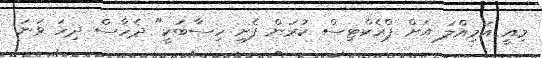
މިއީ އަމިއްލަ އަށް ޕްރެކްޓިސް ކުރަން ފެށި ހިސާބަކީ" ދެހާސް ދިހަ ވަނަ